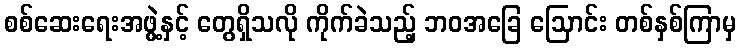
စစ်ဆေးရေးအဖွဲ့နှင့် တွေရှိသလို ကိုက်ခဲသည့် ဘဝအခြေ ဩောင်း တစ်နှစ်ကြာမှ